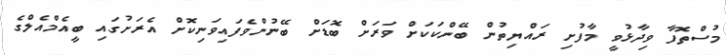
މުސްތޮފާ ވިދާޅުވީ މާފުށި ރައްޔިތުން ބޭންކަކަށް ވަރަށް ބޮޑަށް ބޭނުންވެފައިވަނިކޮށް އެރަށުގައި ބީއެމްއެލްގެ